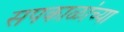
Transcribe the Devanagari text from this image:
सपकाळांच्या